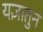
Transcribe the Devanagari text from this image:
यज्ञातुन